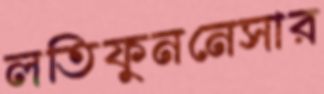
লতিফুননেসার